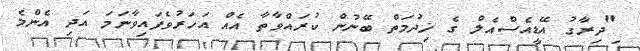
ި"ދިރާގު އޭޑީއެސްއެލް ގެ ޚިދުމަތް ބޭނުން ކުރައްވާތާ އެއް އަހަރުވެފައިވާނަމަ އަދި އެންމެ